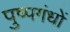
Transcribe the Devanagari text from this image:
पुष्पगंधों